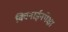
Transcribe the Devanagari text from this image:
क्विनाईनपेक्षा